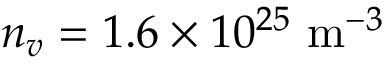
n _ { v } = 1 . 6 \times 1 0 ^ { 2 5 } ~ \mathrm { m } ^ { - 3 }